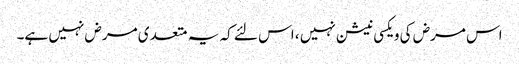
اس مرض کی ویکسی نیشن نہیں ، اس لئے کہ یہ متعد ی مرض نہیں ہے۔